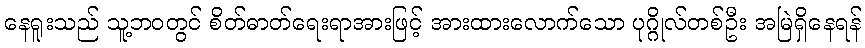
နေရူးသည် သူ့ဘဝတွင် စိတ်ဓာတ်ရေးရာအားဖြင့် အားထားလောက်သော ပုဂ္ဂိုလ်တစ်ဦး အမြဲရှိနေရန်